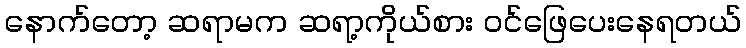
နောက်တော့ ဆရာမက ဆရာ့ကိုယ်စား ဝင်ဖြေပေးနေရတယ်